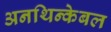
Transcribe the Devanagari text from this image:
अनथिन्केबल